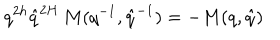
LaTeX: q ^ { 2 h } \hat { q } ^ { 2 H } \, M ( q ^ { - 1 } , \hat { q } ^ { - 1 } ) = - M ( q , \hat { q } )